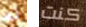
لم كنت